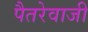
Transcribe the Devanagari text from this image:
पैतरेवाजी